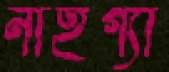
নাইগ্যা